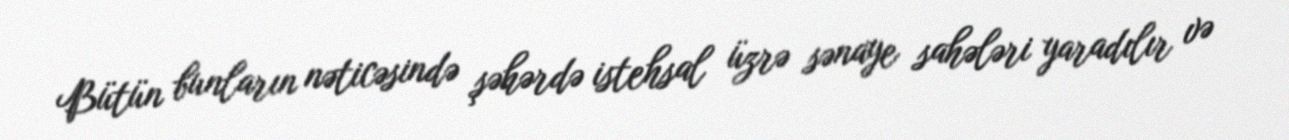
Bütün bunların nəticəsində şəhərdə istehsal üzrə sənaye sahələri yaradılır və